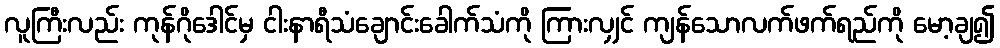
လူကြီးလည်း ကုန်ဂိုဒေါင်မှ ငါးနာရီသံချောင်းခေါက်သံကို ကြားလျှင် ကျန်သောလက်ဖက်ရည်ကို မော့ချ၍